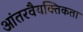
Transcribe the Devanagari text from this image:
आंतरवैयक्तिकता